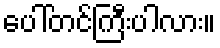
ပေါ်တင်ကြီးပါလား။